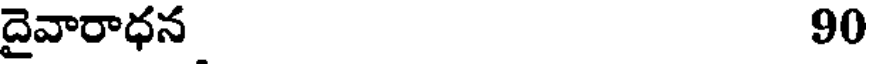
దైవారాధన 90